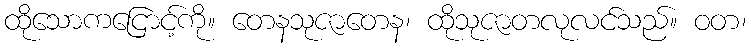
ထိုသောကငြောင့်ကို။ တေနသုဇာတေန၊ ထိုသုဇာတလုလင်သည်။ ဝတ၊